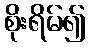
စိုးရိမ်၍